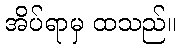
အိပ်ရာမှ ထသည်။